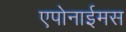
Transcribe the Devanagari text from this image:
एपोनाईमस